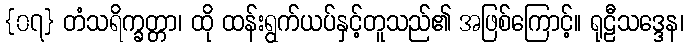
{၀၇} တံသရိက္ခတ္တာ၊ ထို ထန်းရွက်ယပ်နှင့်တူသည်၏ အဖြစ်ကြောင့်။ ရုဠီသဒ္ဒေန၊